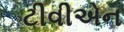
ટીવીએન